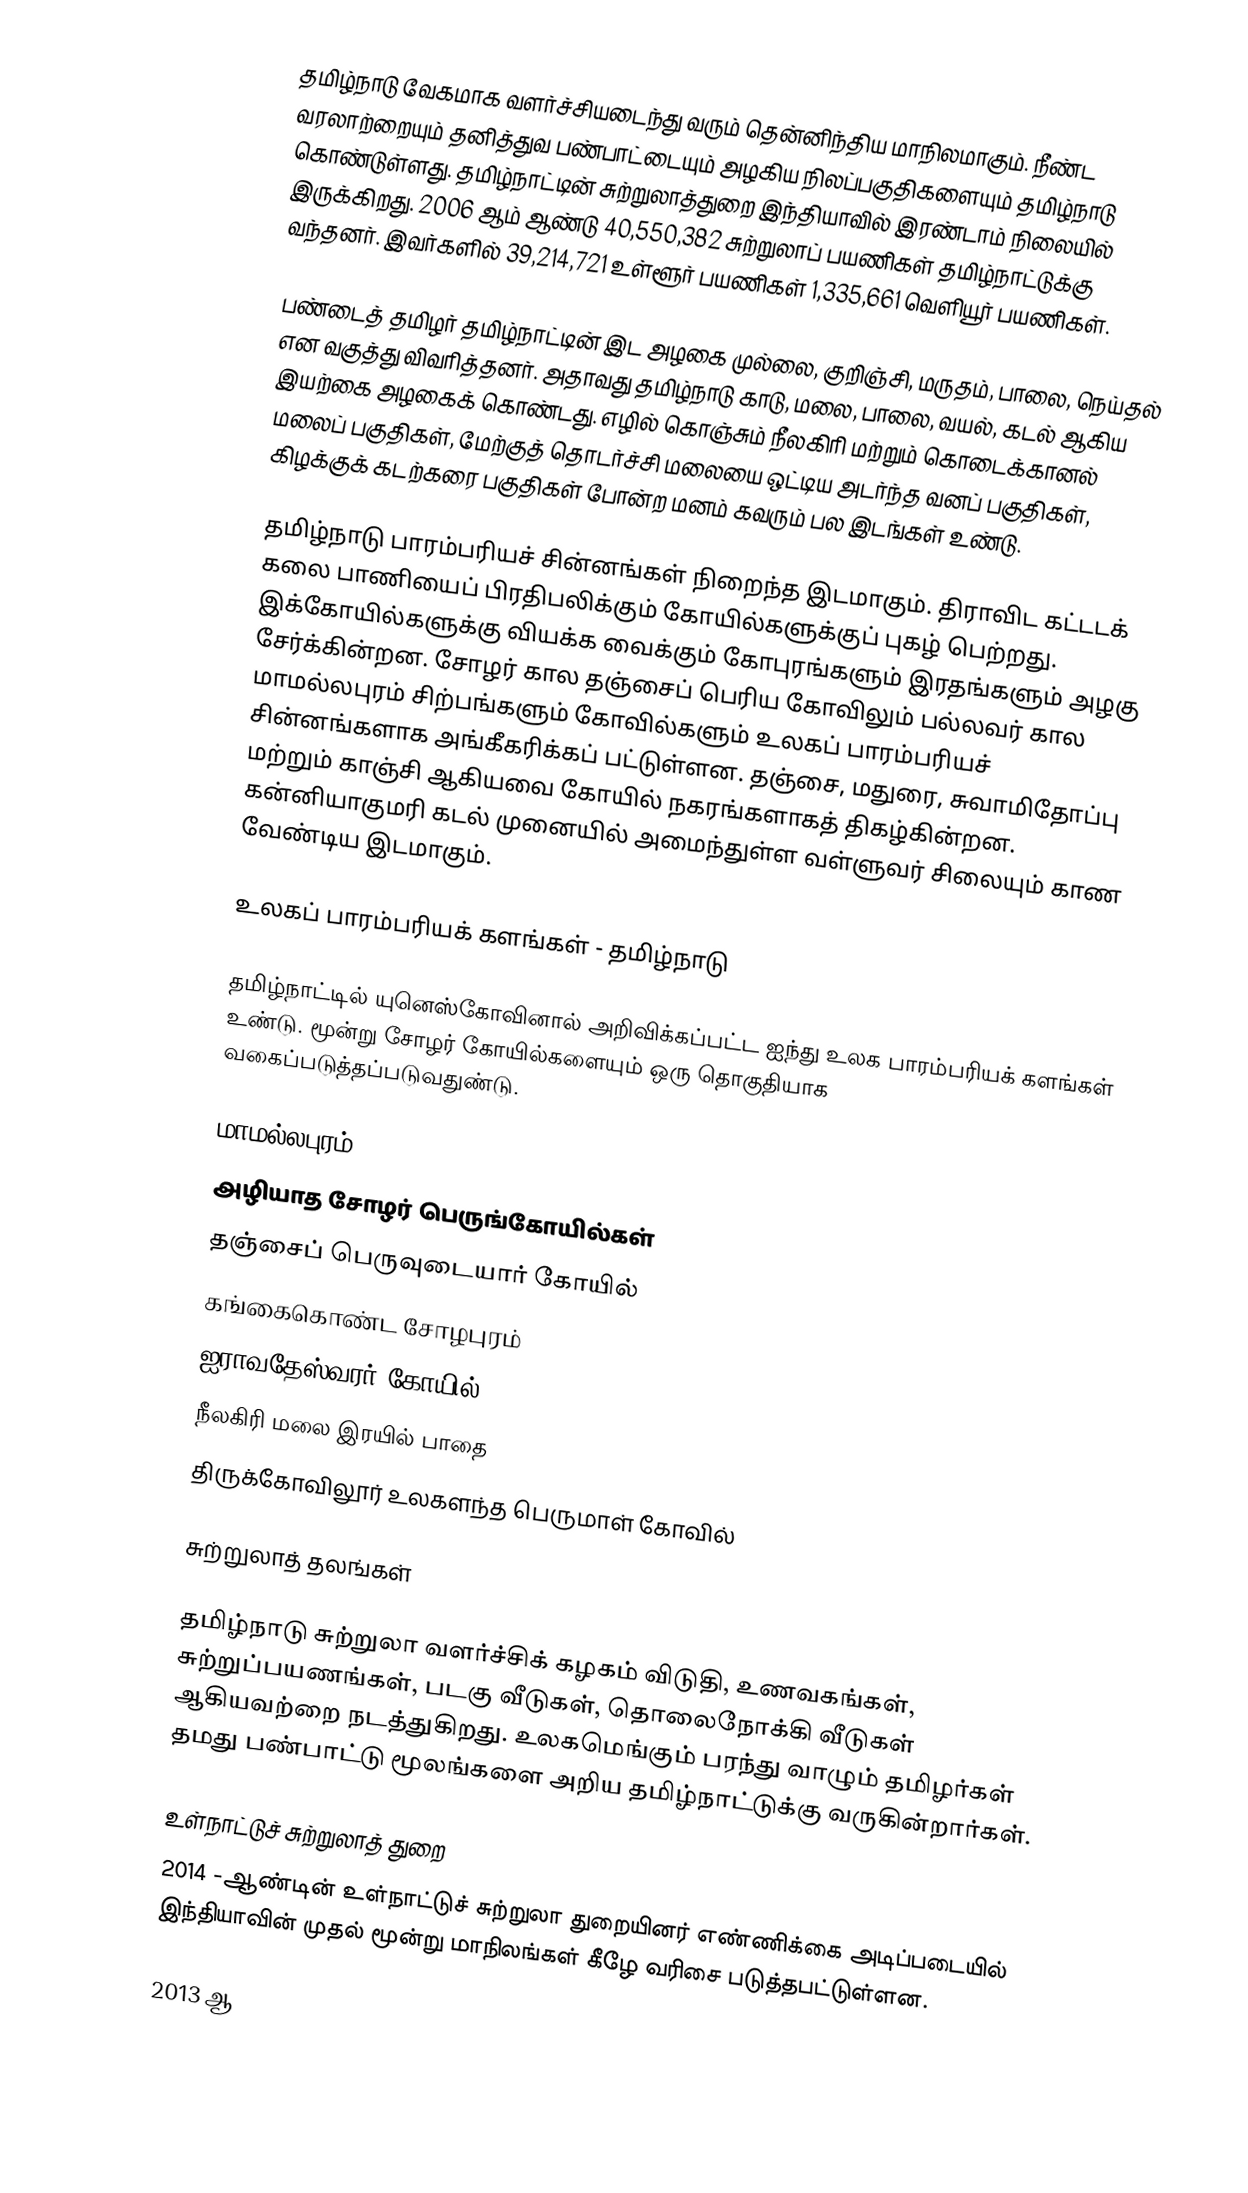
தமிழ்நாடு வேகமாக வளர்ச்சியடைந்து வரும் தென்னிந்திய மாநிலமாகும்.  நீண்ட வரலாற்றையும் தனித்துவ பண்பாட்டையும் அழகிய நிலப்பகுதிகளையும் தமிழ்நாடு கொண்டுள்ளது. தமிழ்நாட்டின் சுற்றுலாத்துறை இந்தியாவில் இரண்டாம் நிலையில் இருக்கிறது. 2006 ஆம் ஆண்டு 40,550,382 சுற்றுலாப் பயணிகள் தமிழ்நாட்டுக்கு வந்தனர்.  இவர்களில் 39,214,721 உள்ளூர் பயணிகள் 1,335,661 வெளியூர் பயணிகள்.

பண்டைத் தமிழர் தமிழ்நாட்டின் இட அழகை முல்லை, குறிஞ்சி, மருதம், பாலை, நெய்தல் என வகுத்து விவரித்தனர்.  அதாவது தமிழ்நாடு காடு, மலை, பாலை, வயல், கடல் ஆகிய இயற்கை அழகைக் கொண்டது.  எழில் கொஞ்சும் நீலகிரி மற்றும் கொடைக்கானல் மலைப் பகுதிகள், மேற்குத் தொடர்ச்சி மலையை ஒட்டிய அடர்ந்த வனப் பகுதிகள், கிழக்குக் கடற்கரை பகுதிகள் போன்ற மனம் கவரும் பல இடங்கள் உண்டு.

தமிழ்நாடு பாரம்பரியச் சின்னங்கள் நிறைந்த இடமாகும். திராவிட கட்டடக் கலை பாணியைப் பிரதிபலிக்கும் கோயில்களுக்குப் புகழ் பெற்றது.  இக்கோயில்களுக்கு வியக்க வைக்கும் கோபுரங்களும் இரதங்களும் அழகு சேர்க்கின்றன. சோழர் கால தஞ்சைப் பெரிய கோவிலும் பல்லவர் கால மாமல்லபுரம் சிற்பங்களும் கோவில்களும் உலகப் பாரம்பரியச் சின்னங்களாக அங்கீகரிக்கப் பட்டுள்ளன. தஞ்சை, மதுரை, சுவாமிதோப்பு மற்றும் காஞ்சி ஆகியவை கோயில் நகரங்களாகத் திகழ்கின்றன. கன்னியாகுமரி கடல் முனையில் அமைந்துள்ள வள்ளுவர் சிலையும் காண வேண்டிய இடமாகும்.

உலகப் பாரம்பரியக் களங்கள் - தமிழ்நாடு

தமிழ்நாட்டில் யுனெஸ்கோவினால் அறிவிக்கப்பட்ட ஐந்து உலக பாரம்பரியக் களங்கள் உண்டு.  மூன்று சோழர் கோயில்களையும் ஒரு தொகுதியாக வகைப்படுத்தப்படுவதுண்டு.

 மாமல்லபுரம்
 அழியாத சோழர் பெருங்கோயில்கள்
 தஞ்சைப் பெருவுடையார் கோயில்
 கங்கைகொண்ட சோழபுரம்
 ஐராவதேஸ்வரர் கோயில்
நீலகிரி மலை இரயில் பாதை
திருக்கோவிலூர் உலகளந்த பெருமாள் கோவில்

சுற்றுலாத் தலங்கள்

தமிழ்நாடு சுற்றுலா வளர்ச்சிக் கழகம் விடுதி, உணவகங்கள், சுற்றுப்பயணங்கள், படகு வீடுகள், தொலைநோக்கி வீடுகள் ஆகியவற்றை நடத்துகிறது. உலகமெங்கும் பரந்து வாழும் தமிழர்கள் தமது பண்பாட்டு மூலங்களை அறிய தமிழ்நாட்டுக்கு வருகின்றார்கள்.

உள்நாட்டுச் சுற்றுலாத் துறை
2014 -ஆண்டின் உள்நாட்டுச் சுற்றுலா துறையினர் எண்ணிக்கை அடிப்படையில் இந்தியாவின் முதல் மூன்று மாநிலங்கள்  கீழே வரிசை படுத்தபட்டுள்ளன.

2013 ஆ